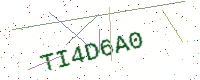
Text: TI4D6A0